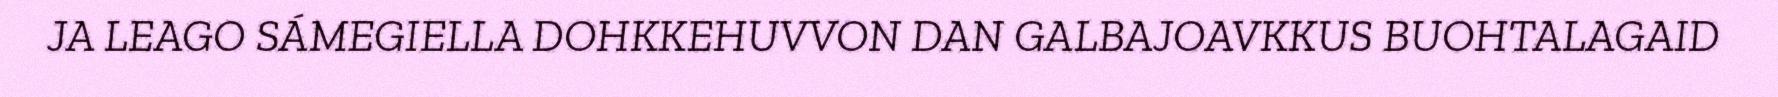
JA LEAGO SÁMEGIELLA DOHKKEHUVVON DAN GALBAJOAVKKUS BUOHTALAGAID